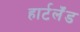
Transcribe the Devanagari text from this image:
हार्टलॅंड